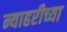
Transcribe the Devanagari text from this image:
न्याहरीच्या